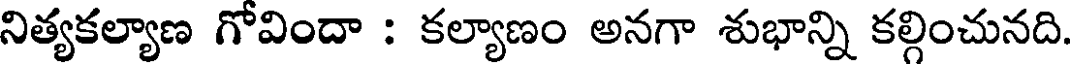
నిత్యకల్యాణ గోవిందా : కల్యాణం అనగా శుభాన్ని కల్గించునది